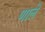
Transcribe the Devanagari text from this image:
णाले